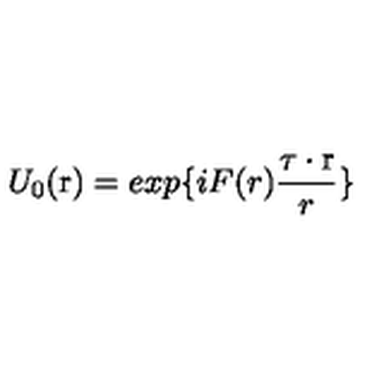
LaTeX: U _ { 0 } ( \mathrm { \boldmath r } ) = e x p \{ i F ( r ) \frac { \mathrm { \boldmath \tau } \cdot \mathrm { \boldmath r } } { r } \}